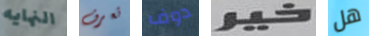
النهايه تعرف دوف خير هل